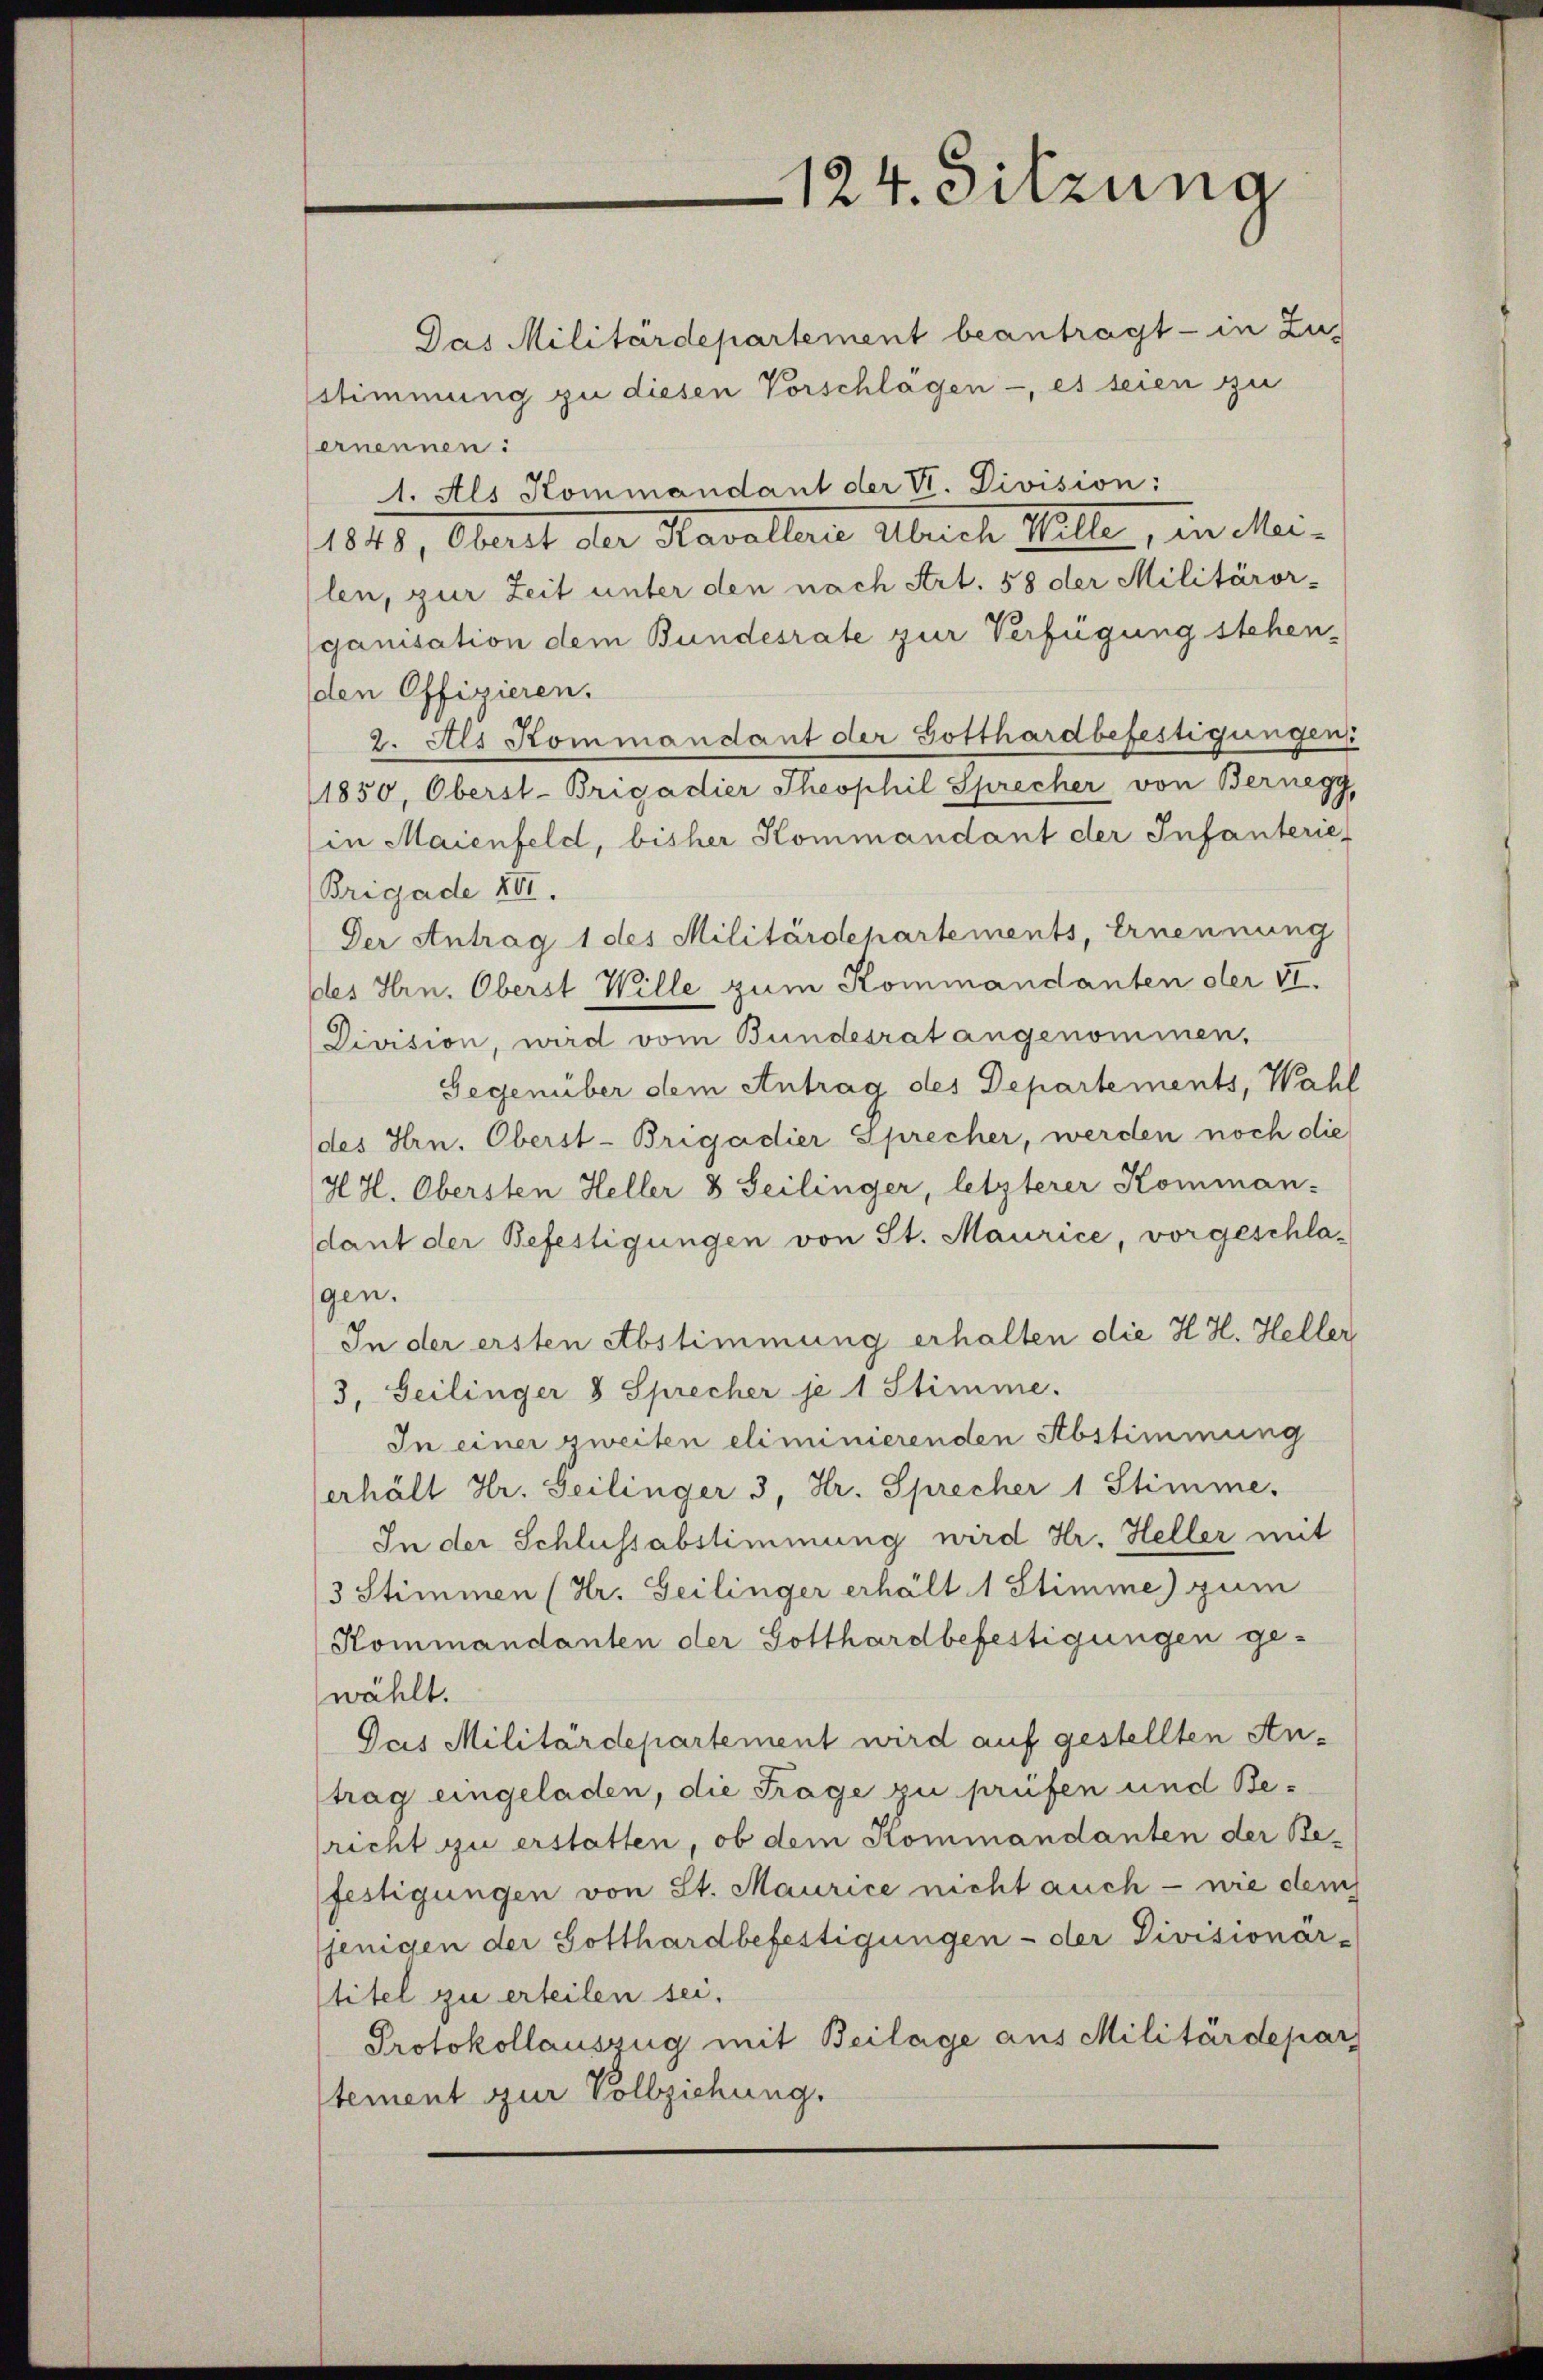
124. Sitzung

Das Militärdepartement beantragt - in Zu-
sstimmung zu diesen Vorschlägen -, es seien zu
ernennen:
1. Als Kommandant der VI. Division:
1828, Oberat der Kavallate Abreich Wille, in Mei-
len, zur Zeit unter den nach Art. 58 der Militäror-
ganisation dem Bundesrate zur Verfügung stehen,
den Offizieren.
2. Als Kommandant der Gotthardbefestigungen
1850, Oberst-Brigadier Theophil Sprecher von Bernegg,
in Maienfeld, bisher Kommandant der Infanterie-
Brigade XVI.
Der Antrag 1 des Militärdepartements, Ernennung
des Hrn. Oberst Wille zum Kommandanten der VI.
Division, wird vom Bundesrat angenommen.
Gegenüber dem Antrag des Departements, Wahl
(des Hrn. Oberst-Brigadier Sprecher, werden noch die
HH. Obersten Heller 3 Seilinger, letzterer Komman-
dant der Befestigungen von St. Maurice, vorgeschla-
gen.
In der ersten Abstimmung erhalten die H. H. Heller
3. Seilinger 8 Sprecher je 1 Stimme.
In einer zweiten eliminierenden Abstimmung
erhält Hr. Geilinger 3, Dr. Sprecher 1 Stimme.
In der Schlussabstimmung wird Hr. Heller mit
3 Stimmen (Hr. Geilinger erhält 1 Stimme) zum
Kommandanten der Gotthardbefestigungen gewählt.
Jais Militärdepartement wird auf gestellten An-
trag eingeladen, die Frage zu prüfen und Besricht zu erstatten, ob dem Kommandanten der Befestigungen von St. Maurice nicht auch - wie dem
sjenigen der Gotthardbefestigungen - der Divisionär-
titel zu erteilen sei.
Protokollauszug mit Beilage aus Militärdepar
tement zur Vollziehung.